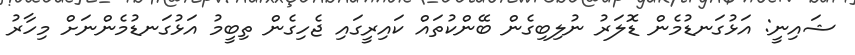
ޝައިނީ: އަޅުގަނޑުމެން ޑޮލަރު ނުލިބިގެން ބޭންކުތައް ކައިރީގައި ޖެހިގެން ތިބީމު އަޅުގަނޑުމެންނަށް މިހާރު